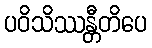
ပဝိသိဿန္တီတိပေ